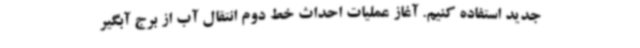
جدید استفاده کنیم. آغاز عملیات احداث خط دوم انتقال آب از برج آبگیر